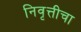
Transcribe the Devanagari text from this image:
निवृत्तीचा